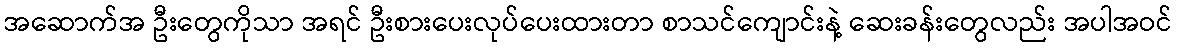
အဆောက်အ ဦးတွေကိုသာ အရင် ဦးစားပေးလုပ်ပေးထားတာ စာသင်ကျောင်းနဲ့ ဆေးခန်းတွေလည်း အပါအဝင်